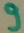
Text: 9